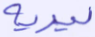
ليريه